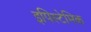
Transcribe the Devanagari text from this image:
इपिस्टेमिक